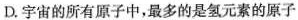
D.宇宙的所有原子中，最多的是氢元素的原子